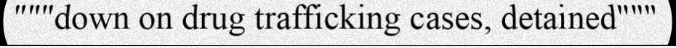
"""down on drug trafficking cases, detained"""